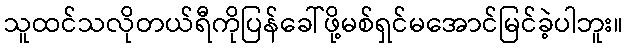
သူထင်သလိုတယ်ရီကိုပြန်ခေါ်ဖို့မစ်ရှင်မအောင်မြင်ခဲ့ပါဘူး။